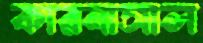
কারনাসাল